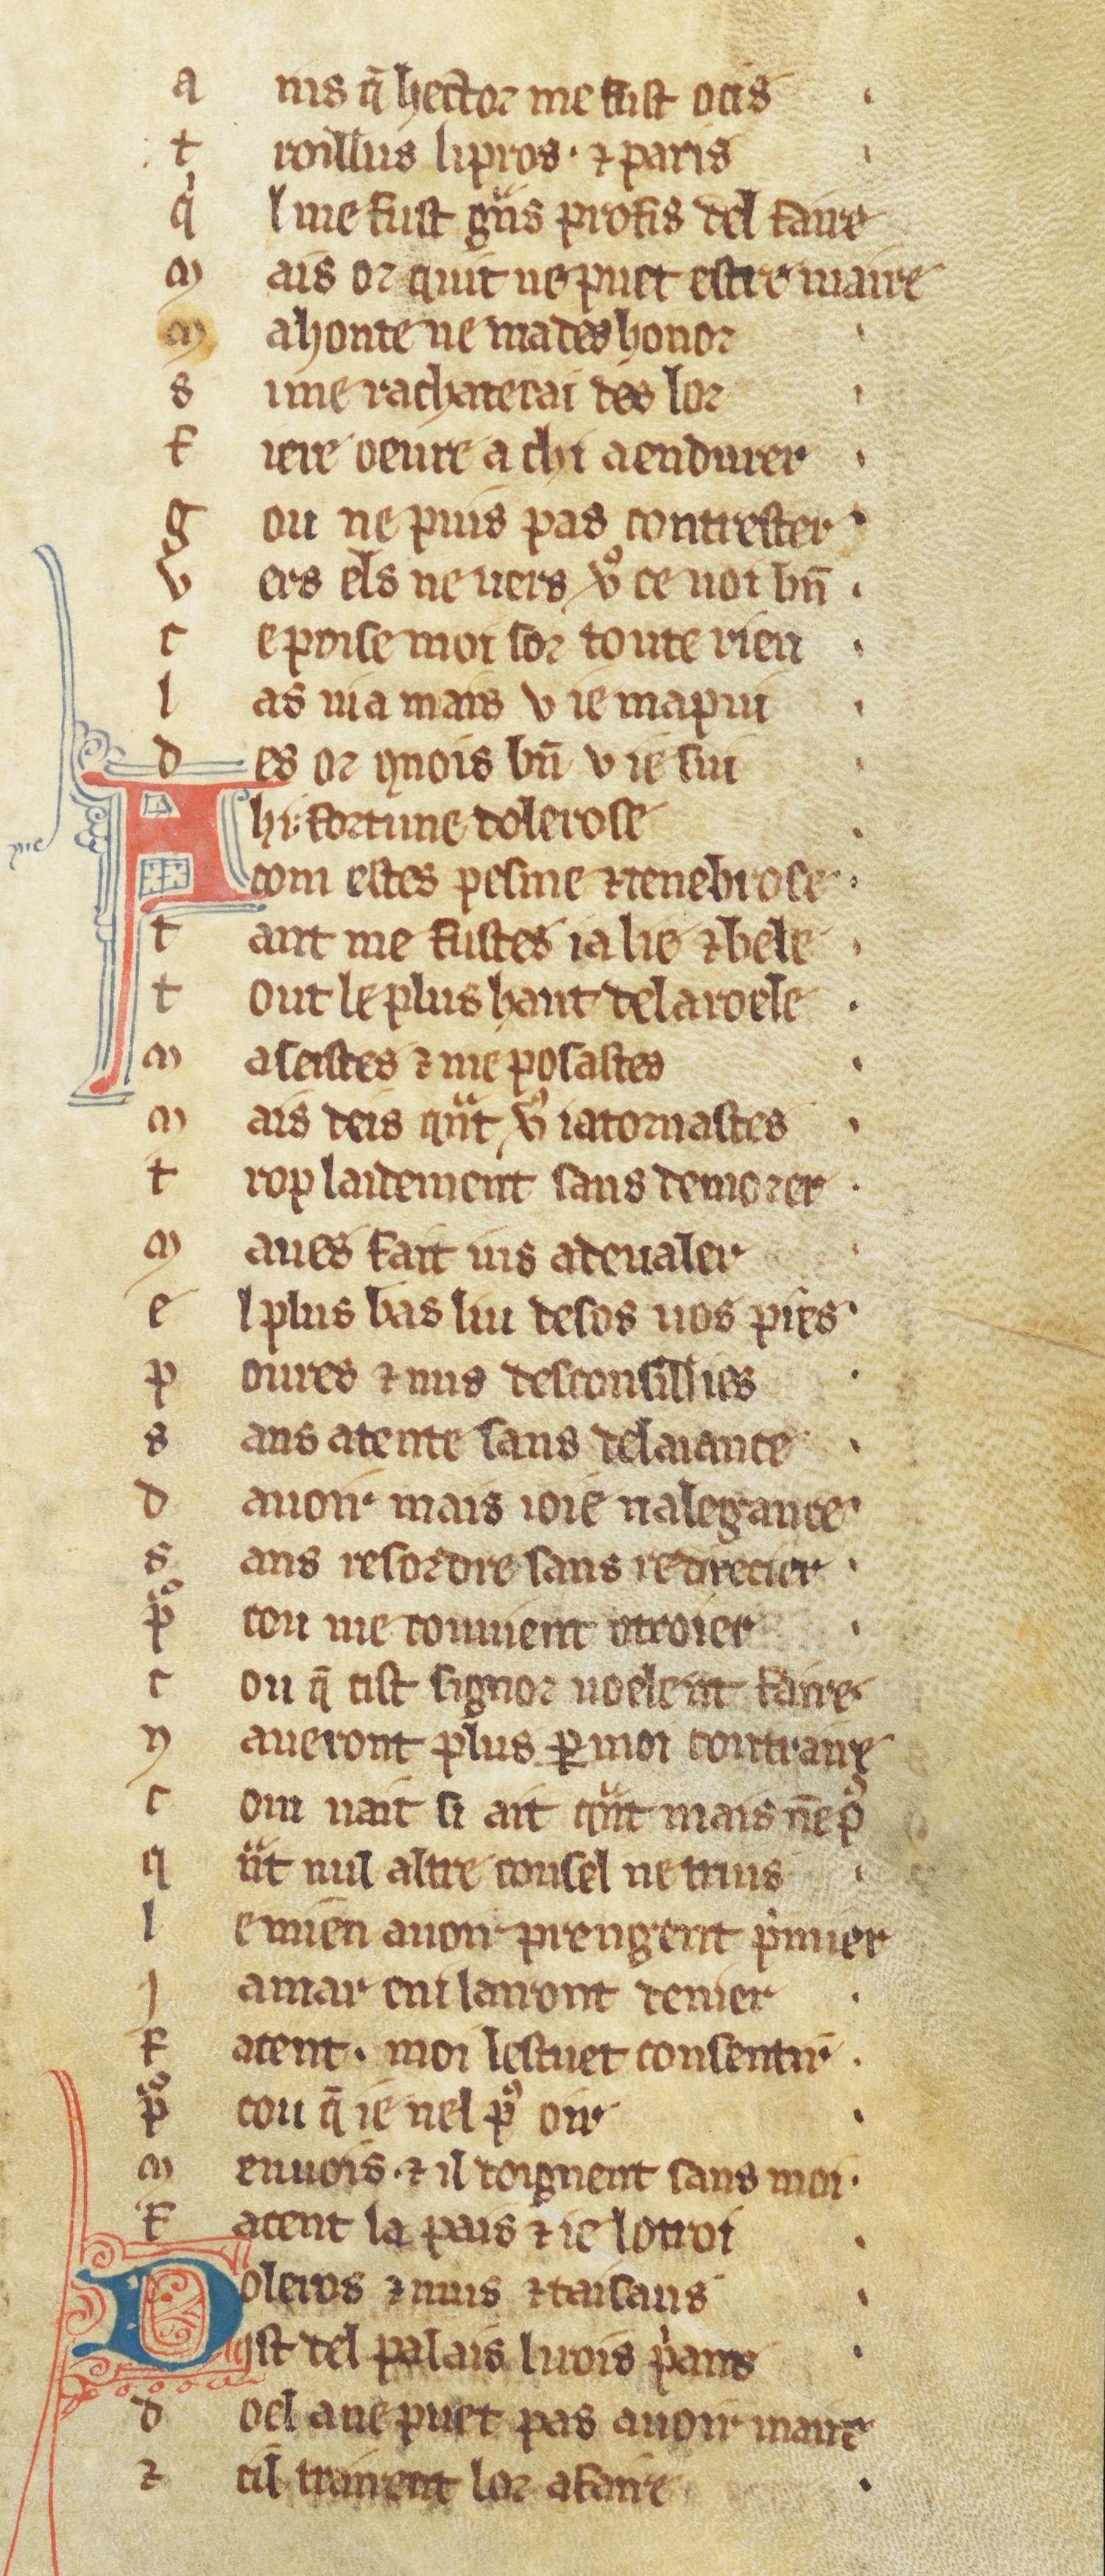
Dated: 1270–1299